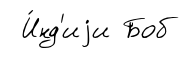
И́нд'иjи Боб